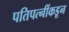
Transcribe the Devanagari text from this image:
पतिपत्नींकडून